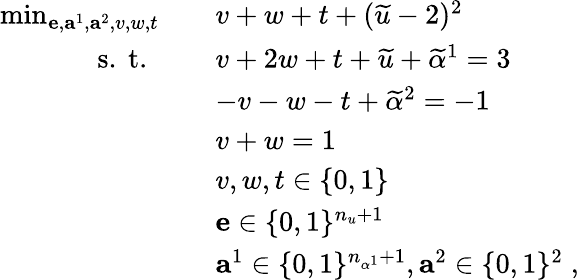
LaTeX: \begin{array}{rl}{\operatorname*{min}_{\mathbf{e},\mathbf{a}^{1},\mathbf{a}^{2},v,w,t}\quad}&{v+w+t+(\widetilde{u}-2)^{2}}\\ {\mathrm{s.~t.~}\quad}&{v+2w+t+\widetilde{u}+\widetilde{\alpha}^{1}=3}\\ {\quad}&{-v-w-t+\widetilde{\alpha}^{2}=-1}\\ {\quad}&{v+w=1}\\ {\quad}&{v,w,t\in\{ 0,1\} }\\ {\quad}&{\mathbf{e}\in\{ 0,1\} ^{n_{u}+1}}\\ {\quad}&{\mathbf{a}^{1}\in\{ 0,1\} ^{n_{\alpha^{1}}+1},\mathbf{a}^{2}\in\{ 0,1\} ^{2}\; ,}\end{array}